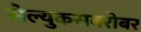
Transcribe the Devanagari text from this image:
सेल्युकसबरोबर